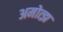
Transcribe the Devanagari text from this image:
अमोत्झ